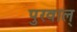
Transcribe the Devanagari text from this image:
पुरवाल्